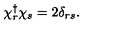
\chi _ { r } ^ { \dag } \chi _ { s } = 2 \delta _ { r s } .